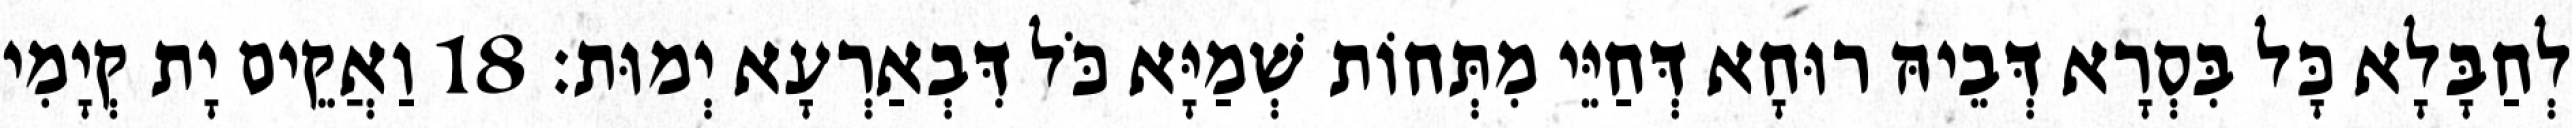
לְחַבָּלָא כָּל בִּסְרָא דְּבֵיהּ רוּחָא דְּחַיֵּי מִתְּחוֹת שְׁמַיָּא כֹּל דִּבְאַרְעָא יְמוּת׃ 18 וַאֲקֵים יָת קְיָמִי